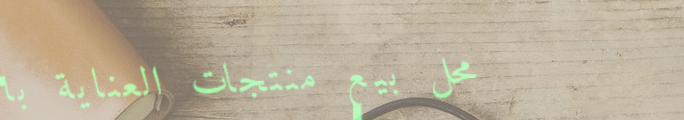
محل بيع منتجات العناية با